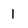
Character: 1